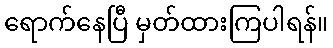
ရောက်နေပြီ မှတ်ထားကြပါရန်။